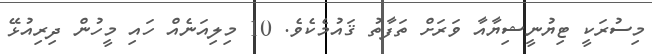
މިސުރަކީ ޓިޔުނީޝިޔާއާ ވަރަށް ތަފާތު ޤައުމެކެވެ. 10 މިލިއަނެއް ހައި މީހުން ދިރިއުޅޭ